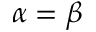
\alpha = \beta